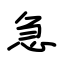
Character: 急